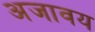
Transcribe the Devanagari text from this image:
अजावय